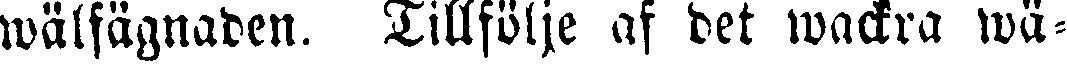
wälfägnaden. Tillfölje af det wackra wä-